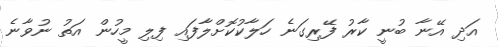
އަދި އޭނާ ބުނީ ކާރު ފޭރިގަނެ ހަލާކުކޮށްލާފައި ފިލި މީހުން އަތު ނުވާނެ